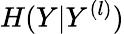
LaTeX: H(Y|Y^{(l)})